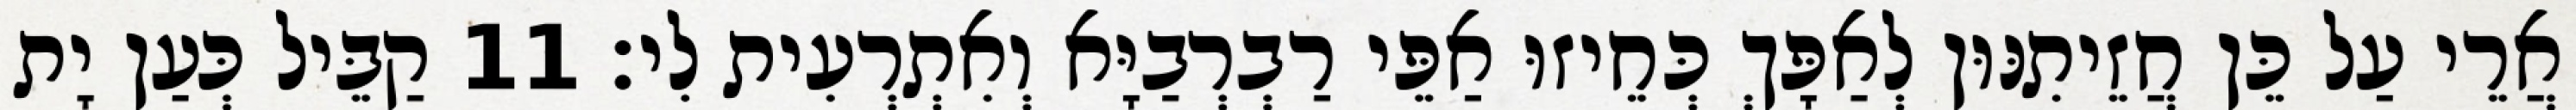
אֲרֵי עַל כֵּן חֲזֵיתִנּוּן לְאַפָּךְ כְּחֵיזוּ אַפֵּי רַבְרְבַיָּא וְאִתְרְעִית לִי׃ 11 קַבֵּיל כְּעַן יָת